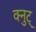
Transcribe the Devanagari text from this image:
क्नुट्